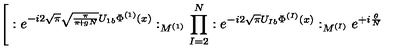
\Bigg [ : e ^ { - i 2 \sqrt { \pi } \sqrt { \frac { \pi } { \pi \! + \! g N } } U _ { 1 b } \Phi ^ { ( 1 ) } ( x ) } : _ { M ^ { ( 1 ) } } \prod _ { I = 2 } ^ { N } : e ^ { - i 2 \sqrt { \pi } U _ { I b } \Phi ^ { ( I ) } ( x ) } : _ { M ^ { ( I ) } } e ^ { + i \frac { \theta } { N } }